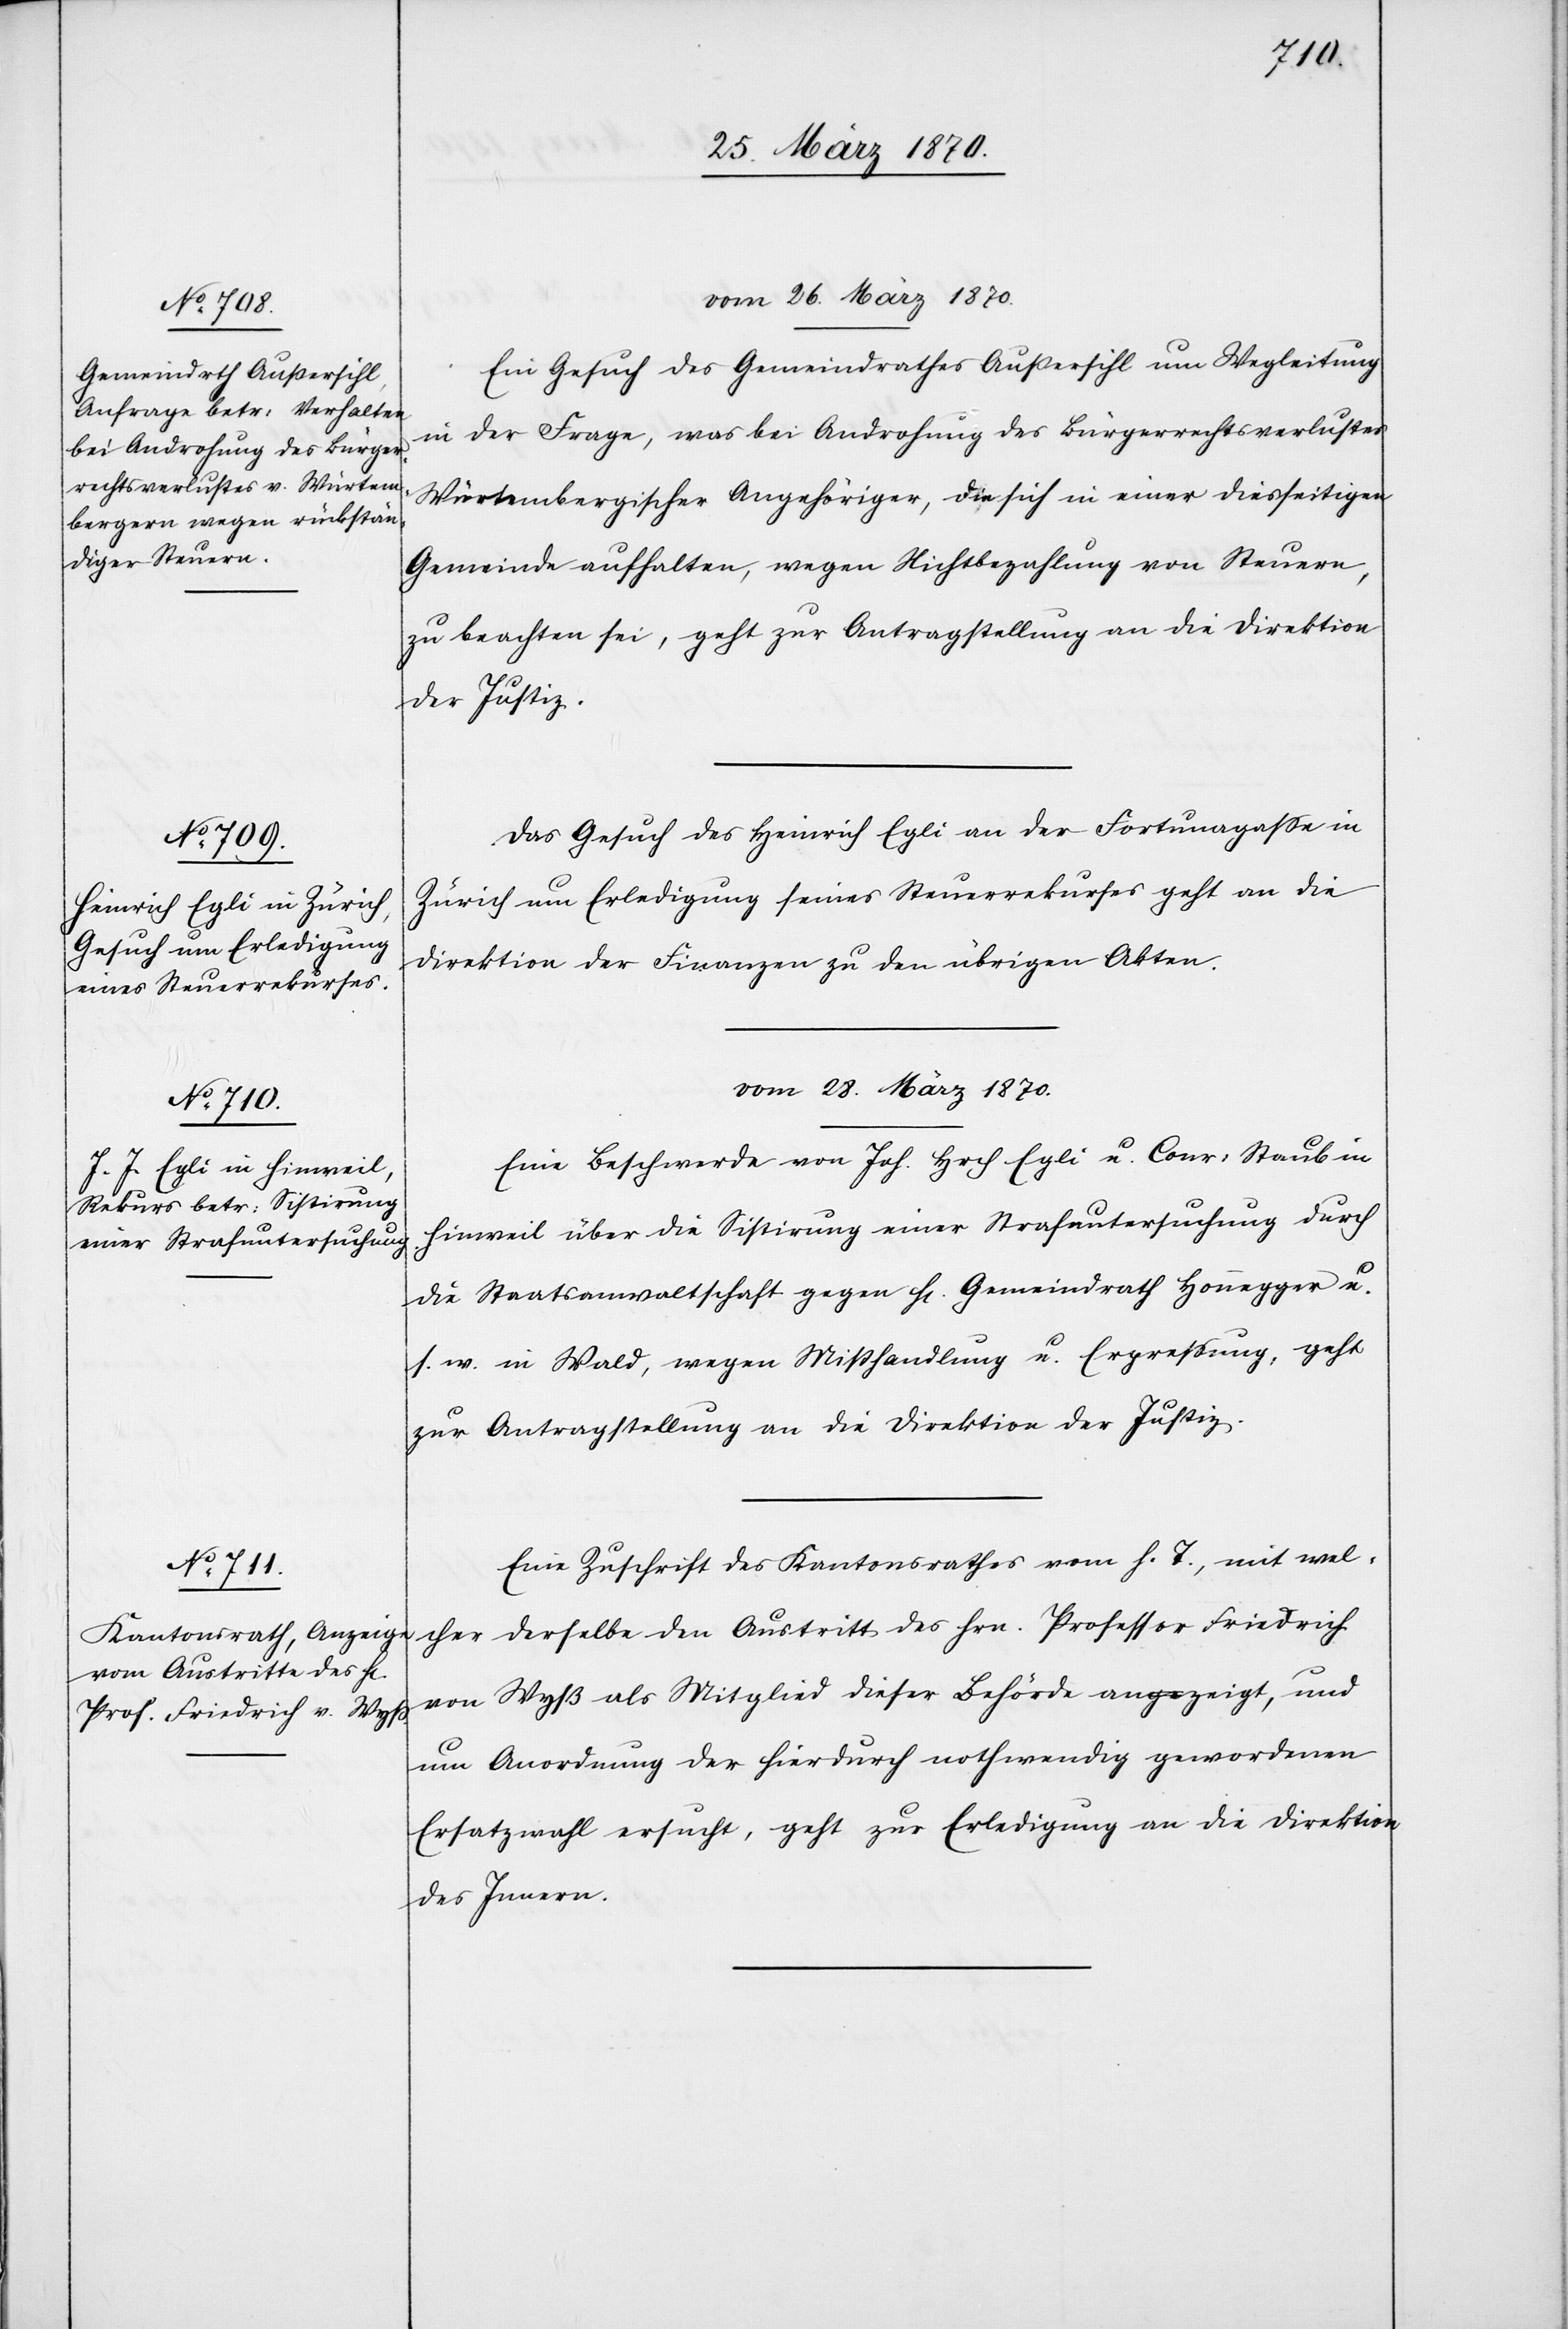
vom 26. März 1870.]
Ein Gesuch des Gemeindrathes Außersihl um Wegleitung
in der Frage, was bei Androhung des Bürgerrechtsverlustes
Würtembergischer Angehöriger, die sich in einer diesseitigen
Gemeinde aufhalten, wegen Nichtbezahlung von Steuern,
zu beachten sei, geht zur Antragstellung an die Direktion
der Justiz.
Das Gesuch des Heinrich Egli an der Fortunagasse in
Zürich um Erledigung seines Steuerrekurses geht an die
Direktion der Finanzen zu den übrigen Akten.
vom 28. März 1870.
Eine Beschwerde von Joh. Hrch Egli u. Conr: Staub in
Hinweil über die Sistirung einer Strafuntersuchung durch
die Staatsanwaltschaft gegen H[errn] Gemeindrath Honnegger u.
s. w. in Wald, wegen Mißhandlung u. Erpressung, geht
zur Antragstellung an die Direktion der Justiz.
Eine Zuschrift des Kantonsrathes vom h. T., mit wel¬
cher derselbe den Austritt des Hrn. Professor Friedrich
von Wyß als Mitglied dieser Behörde anzeigt, und
um Anordnung der hierdurch nothwendig gewordenen
Ersatzwahl ersucht, geht zur Erledigung an die Direktion
des Innern.